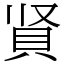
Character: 䝨